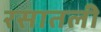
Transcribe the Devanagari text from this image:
रसातली